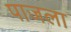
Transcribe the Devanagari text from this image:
पाजला